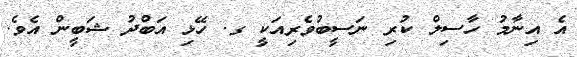
އެ އިނާމު ހާސިލް ކުރި ނަސީބުވެރިއަކީ ގ. ހޭޅި އަބްދު ޝަބީން އެވެ.